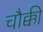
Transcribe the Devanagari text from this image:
चौक्की